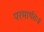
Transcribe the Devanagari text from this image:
परमार्थतः॥